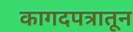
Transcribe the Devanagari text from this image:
कागदपत्रातून